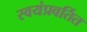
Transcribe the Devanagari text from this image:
स्वयंप्रवर्तित